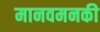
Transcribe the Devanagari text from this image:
मानवमनकी